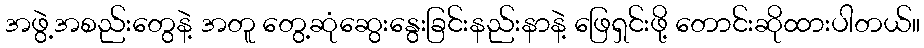
အဖွဲ့အစည်းတွေနဲ့ အတူ တွေ့ဆုံဆွေးနွေးခြင်းနည်းနာနဲ့ ဖြေရှင်းဖို့ တောင်းဆိုထားပါတယ်။